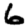
Digit: 6